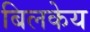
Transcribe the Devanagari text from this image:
बिलकेय